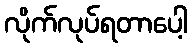
လိုက်လုပ်ရတာပေါ့